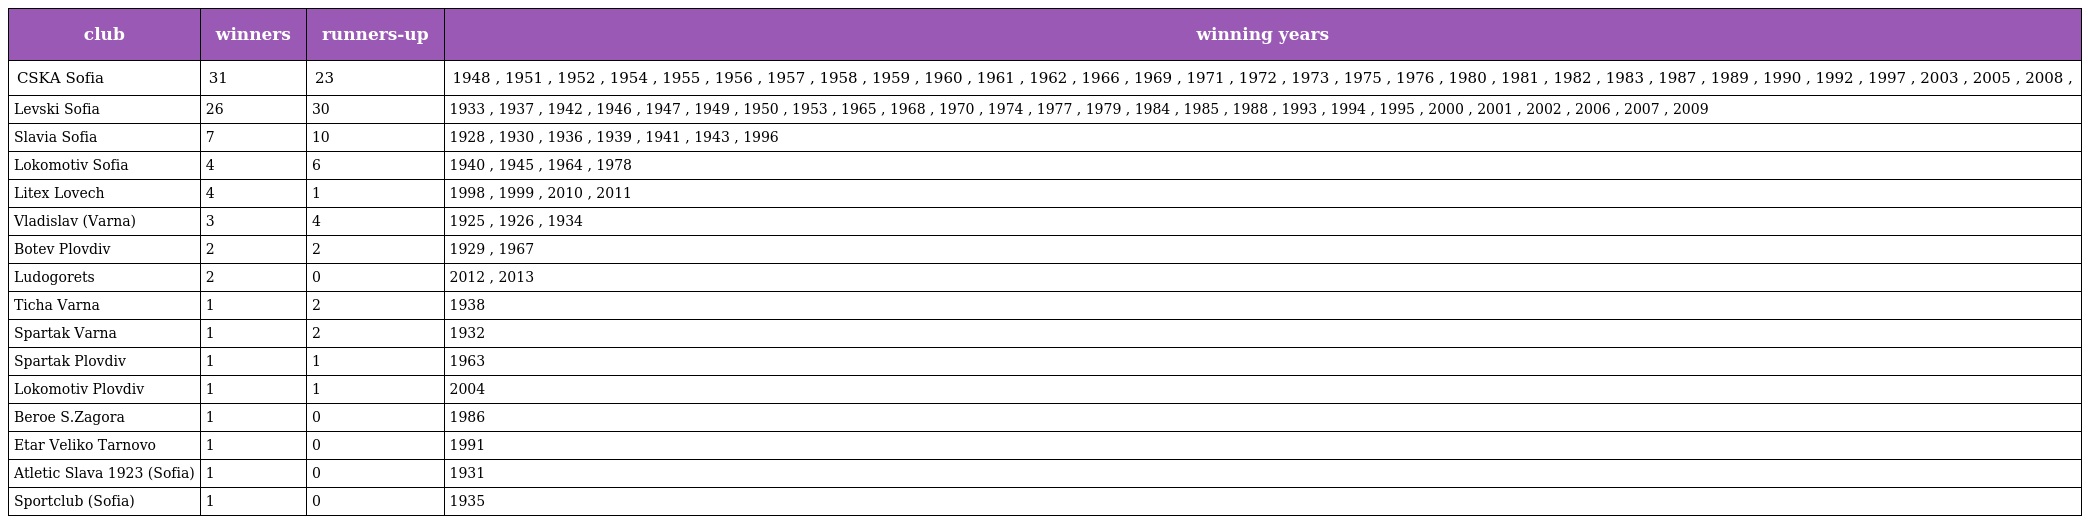
| club | winners | runners-up | winning years |
 | --- | --- | --- | --- |
 | CSKA Sofia | 31 | 23 | 1948 , 1951 , 1952 , 1954 , 1955 , 1956 , 1957 , 1958 , 1959 , 1960 , 1961 , 1962 , 1966 , 1969 , 1971 , 1972 , 1973 , 1975 , 1976 , 1980 , 1981 , 1982 , 1983 , 1987 , 1989 , 1990 , 1992 , 1997 , 2003 , 2005 , 2008 , |
 | Levski Sofia | 26 | 30 | 1933 , 1937 , 1942 , 1946 , 1947 , 1949 , 1950 , 1953 , 1965 , 1968 , 1970 , 1974 , 1977 , 1979 , 1984 , 1985 , 1988 , 1993 , 1994 , 1995 , 2000 , 2001 , 2002 , 2006 , 2007 , 2009 |
 | Slavia Sofia | 7 | 10 | 1928 , 1930 , 1936 , 1939 , 1941 , 1943 , 1996 |
 | Lokomotiv Sofia | 4 | 6 | 1940 , 1945 , 1964 , 1978 |
 | Litex Lovech | 4 | 1 | 1998 , 1999 , 2010 , 2011 |
 | Vladislav (Varna) | 3 | 4 | 1925 , 1926 , 1934 |
 | Botev Plovdiv | 2 | 2 | 1929 , 1967 |
 | Ludogorets | 2 | 0 | 2012 , 2013 |
 | Ticha Varna | 1 | 2 | 1938 |
 | Spartak Varna | 1 | 2 | 1932 |
 | Spartak Plovdiv | 1 | 1 | 1963 |
 | Lokomotiv Plovdiv | 1 | 1 | 2004 |
 | Beroe S.Zagora | 1 | 0 | 1986 |
 | Etar Veliko Tarnovo | 1 | 0 | 1991 |
 | Atletic Slava 1923 (Sofia) | 1 | 0 | 1931 |
 | Sportclub (Sofia) | 1 | 0 | 1935 |